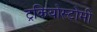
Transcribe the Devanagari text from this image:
ट्रकियोस्टोमी